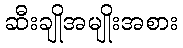
ဆီးချိုအမျိုးအစား